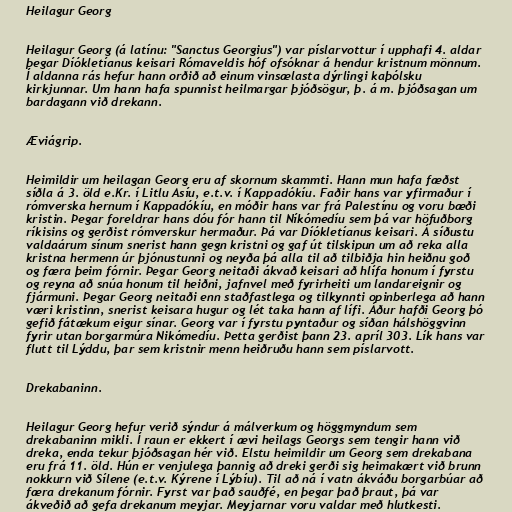
Heilagur Georg

Heilagur Georg (á latínu: "Sanctus Georgius") var píslarvottur í upphafi 4. aldar
þegar Díókletíanus keisari Rómaveldis hóf ofsóknar á hendur kristnum mönnum.
Í aldanna rás hefur hann orðið að einum vinsælasta dýrlingi kaþólsku
kirkjunnar. Um hann hafa spunnist heilmargar þjóðsögur, þ. á m. þjóðsagan um
bardagann við drekann.

Æviágrip.

Heimildir um heilagan Georg eru af skornum skammti. Hann mun hafa fæðst
síðla á 3. öld e.Kr. í Litlu Asíu, e.t.v. í Kappadókíu. Faðir hans var yfirmaður í
rómverska hernum í Kappadókíu, en móðir hans var frá Palestínu og voru bæði
kristin. Þegar foreldrar hans dóu fór hann til Níkómedíu sem þá var höfuðborg
ríkisins og gerðist rómverskur hermaður. Þá var Díókletíanus keisari. Á síðustu
valdaárum sínum snerist hann gegn kristni og gaf út tilskipun um að reka alla
kristna hermenn úr þjónustunni og neyða þá alla til að tilbiðja hin heiðnu goð
og færa þeim fórnir. Þegar Georg neitaði ákvað keisari að hlífa honum í fyrstu
og reyna að snúa honum til heiðni, jafnvel með fyrirheiti um landareignir og
fjármuni. Þegar Georg neitaði enn staðfastlega og tilkynnti opinberlega að hann
væri kristinn, snerist keisara hugur og lét taka hann af lífi. Áður hafði Georg þó
gefið fátækum eigur sínar. Georg var í fyrstu pyntaður og síðan hálshöggvinn
fyrir utan borgarmúra Nikómedíu. Þetta gerðist þann 23. apríl 303. Lík hans var
flutt til Lýddu, þar sem kristnir menn heiðruðu hann sem píslarvott.

Drekabaninn.

Heilagur Georg hefur verið sýndur á málverkum og höggmyndum sem
drekabaninn mikli. Í raun er ekkert í ævi heilags Georgs sem tengir hann við
dreka, enda tekur þjóðsagan hér við. Elstu heimildir um Georg sem drekabana
eru frá 11. öld. Hún er venjulega þannig að dreki gerði sig heimakært við brunn
nokkurn við Sílene (e.t.v. Kýrene í Lýbíu). Til að ná í vatn ákváðu borgarbúar að
færa drekanum fórnir. Fyrst var það sauðfé, en þegar það þraut, þá var
ákveðið að gefa drekanum meyjar. Meyjarnar voru valdar með hlutkesti.